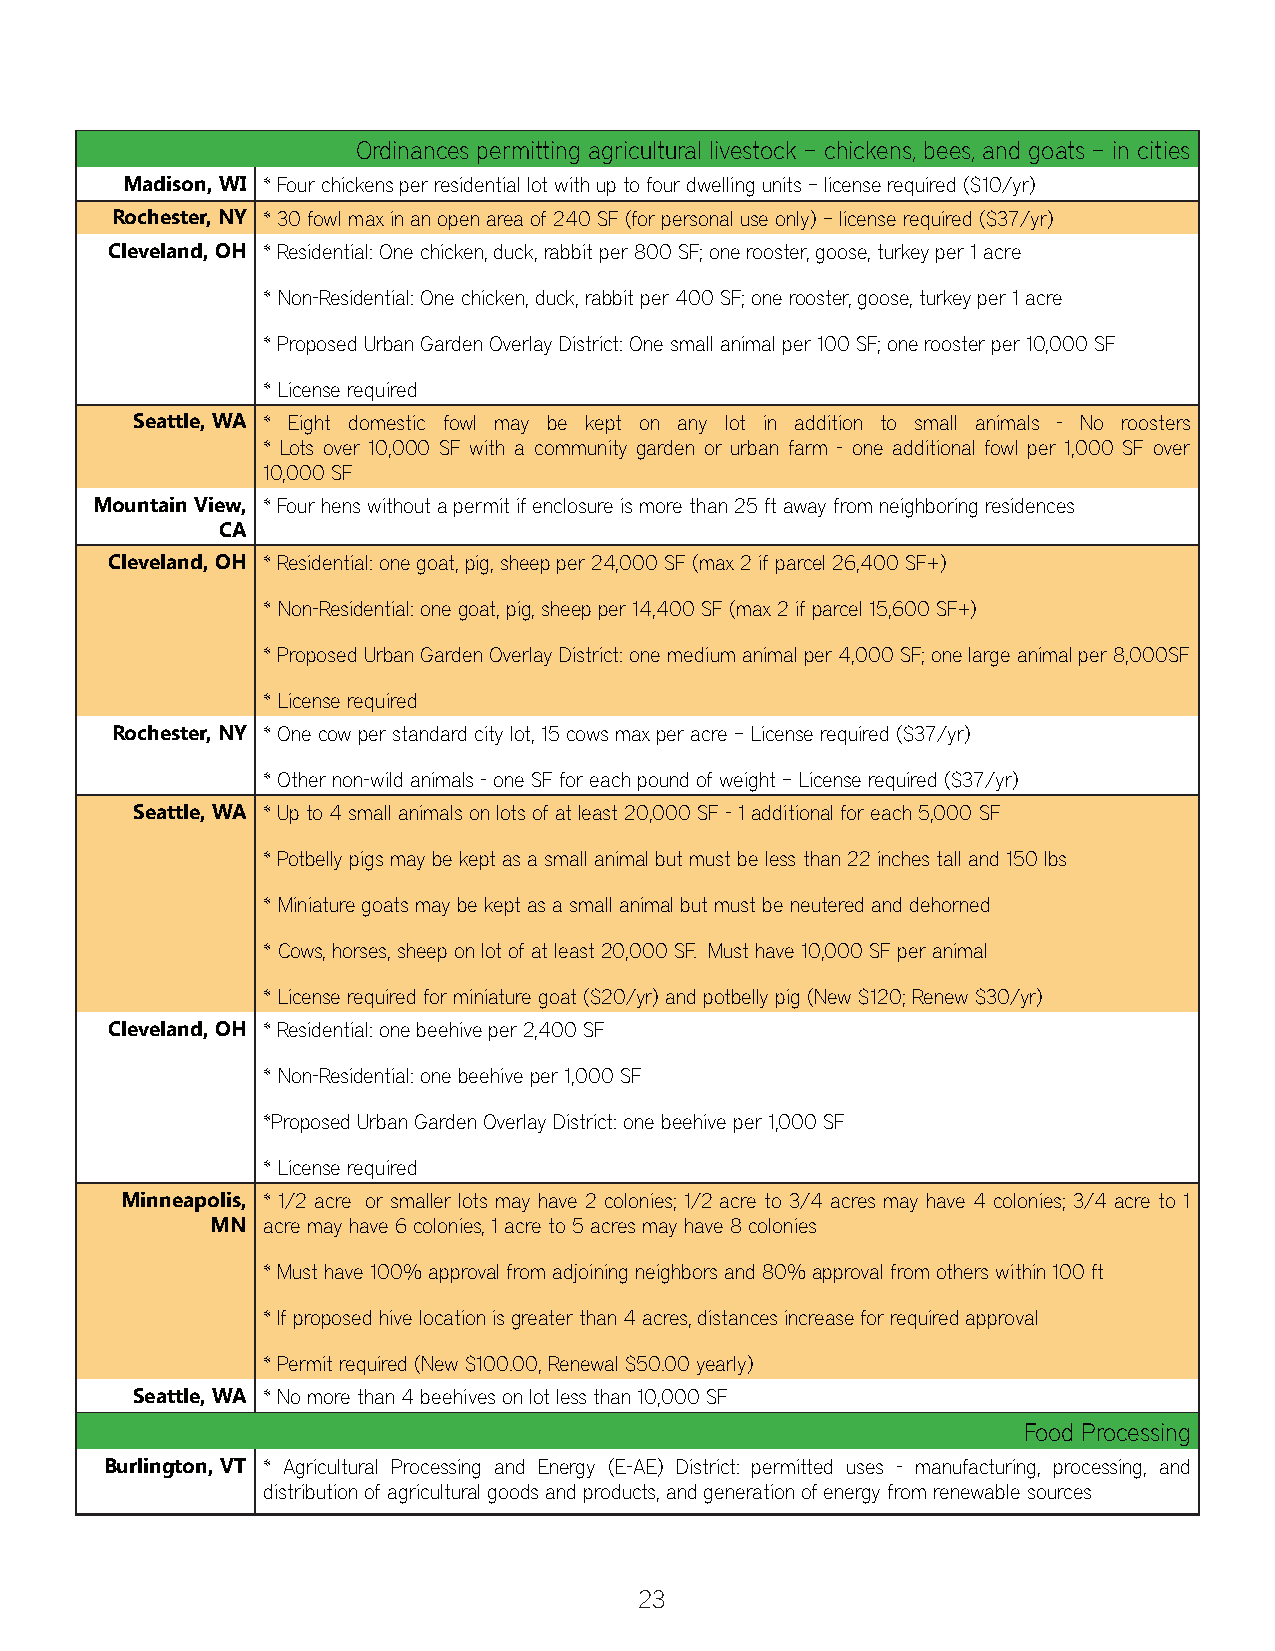
Ordinances permitting agricultural livestock – chickens, bees, and goats – in cities
 Madison, WI * Four chickens per residential lot with up to four dwelling units – license required ($10/yr)
 Rochester, NY * 30 fowl max in an open area of 240 SF (for personal use only) – license required ($37/yr)
 Cleveland, OH * Residential: One chicken, duck, rabbit per 800 SF; one rooster, goose, turkey per 1 acre
 * Non-Residential: One chicken, duck, rabbit per 400 SF; one rooster, goose, turkey per 1 acre
 * Proposed Urban Garden Overlay District: One small animal per 100 SF; one rooster per 10,000 SF
 * License required
 Seattle, WA * Eight domestic fowl may be kept on any lot in addition to small animals - No roosters
 * Lots over 10,000 SF with a community garden or urban farm - one additional fowl per 1,000 SF over
 10,000 SF
 Mountain View, * Four hens without a permit if enclosure is more than 25 ft away from neighboring residences
 CA
 Cleveland, OH * Residential: one goat, pig, sheep per 24,000 SF (max 2 if parcel 26,400 SF+)
 * Non-Residential: one goat, pig, sheep per 14,400 SF (max 2 if parcel 15,600 SF+)
 * Proposed Urban Garden Overlay District: one medium animal per 4,000 SF; one large animal per 8,000SF
 * License required
 Rochester, NY * One cow per standard city lot, 15 cows max per acre – License required ($37/yr)
 * Other non-wild animals - one SF for each pound of weight – License required ($37/yr)
 Seattle, WA * Up to 4 small animals on lots of at least 20,000 SF - 1 additional for each 5,000 SF
 * Potbelly pigs may be kept as a small animal but must be less than 22 inches tall and 150 lbs
 * Miniature goats may be kept as a small animal but must be neutered and dehorned
 * Cows, horses, sheep on lot of at least 20,000 SF. Must have 10,000 SF per animal
 * License required for miniature goat ($20/yr) and potbelly pig (New $120; Renew $30/yr)
 Cleveland, OH * Residential: one beehive per 2,400 SF
 * Non-Residential: one beehive per 1,000 SF
 *Proposed Urban Garden Overlay District: one beehive per 1,000 SF
 * License required
 Minneapolis, * 1/2 acre or smaller lots may have 2 colonies; 1/2 acre to 3/4 acres may have 4 colonies; 3/4 acre to 1
 MN acre may have 6 colonies, 1 acre to 5 acres may have 8 colonies
 * Must have 100% approval from adjoining neighbors and 80% approval from others within 100 ft
 * If proposed hive location is greater than 4 acres, distances increase for required approval
 * Permit required (New $100.00, Renewal $50.00 yearly)
 Seattle, WA * No more than 4 beehives on lot less than 10,000 SF
 Food Processing
 Burlington, VT * Agricultural Processing and Energy (E-AE) District: permitted uses - manufacturing, processing, and
 distribution of agricultural goods and products, and generation of energy from renewable sources
 23